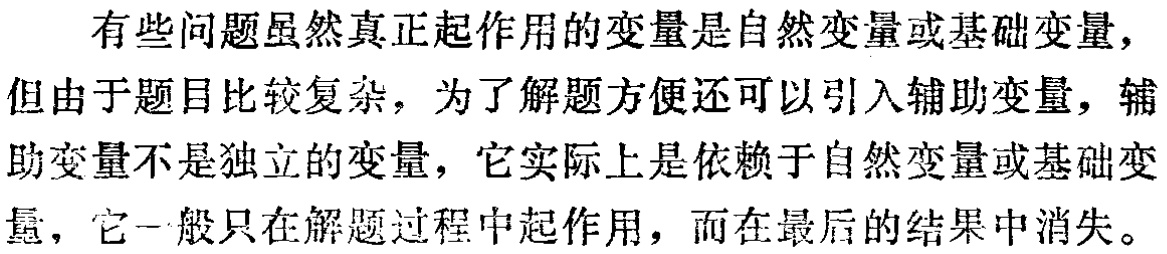
有些问题虽然真正起作用的变量是自然变量或基础变量，但由于题目比较复杂，为了解题方便还可以引入辅助变量，辅助变量不是独立的变量，它实际上是依赖于自然变量或基础变量，它一般只在解题过程中起作用，而在最后的结果中消失。